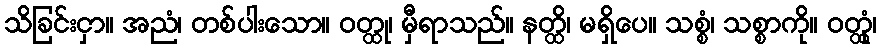
သိခြင်းငှာ။ အညံ၊ တစ်ပါးသော။ ဝတ္ထု၊ မှီရာသည်။ နတ္ထိ၊ မရှိပေ။ သစ္စံ၊ သစ္စာကို။ ဝတ္ထုံ၊